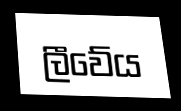
ලීවේය